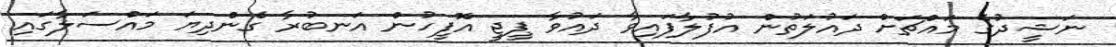
ނަޝީދުގެ މައްޗަށް ދައުލަތުން އުފުލާފައިވާ ދައުވާ ޕީޖީ އޮފީހުން އަނބުރާ ގެންދިޔަ މައްސަލާގައި